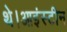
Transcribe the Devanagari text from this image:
थे।आइंस्टीन